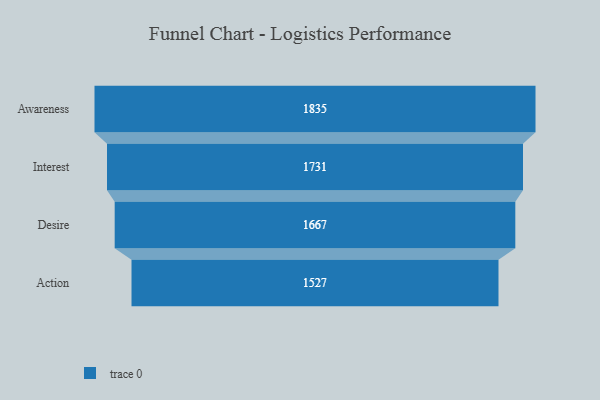
{"axis": {"x": "Stage", "y": "Value"}, "legend": [""], "data": [{"x": "Awareness", "y": 1835.0, "type": ""}, {"x": "Interest", "y": 1731.0, "type": ""}, {"x": "Desire", "y": 1667.0, "type": ""}, {"x": "Action", "y": 1527.0, "type": ""}]}